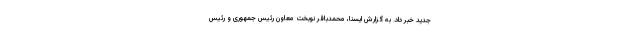
جدید خبر داد. به گزارش ایسنا، محمدباقر نوبخت معاون رئیس جمهوری و رئیس